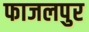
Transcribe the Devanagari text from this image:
फाजलपुर